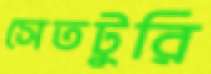
সেতটুরি